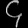
Digit: ၄